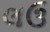
લઉ